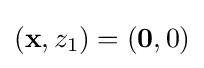
(\mathbf {x} ,z_{1})=(\mathbf {0} ,0)